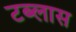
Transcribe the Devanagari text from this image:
टब्लास